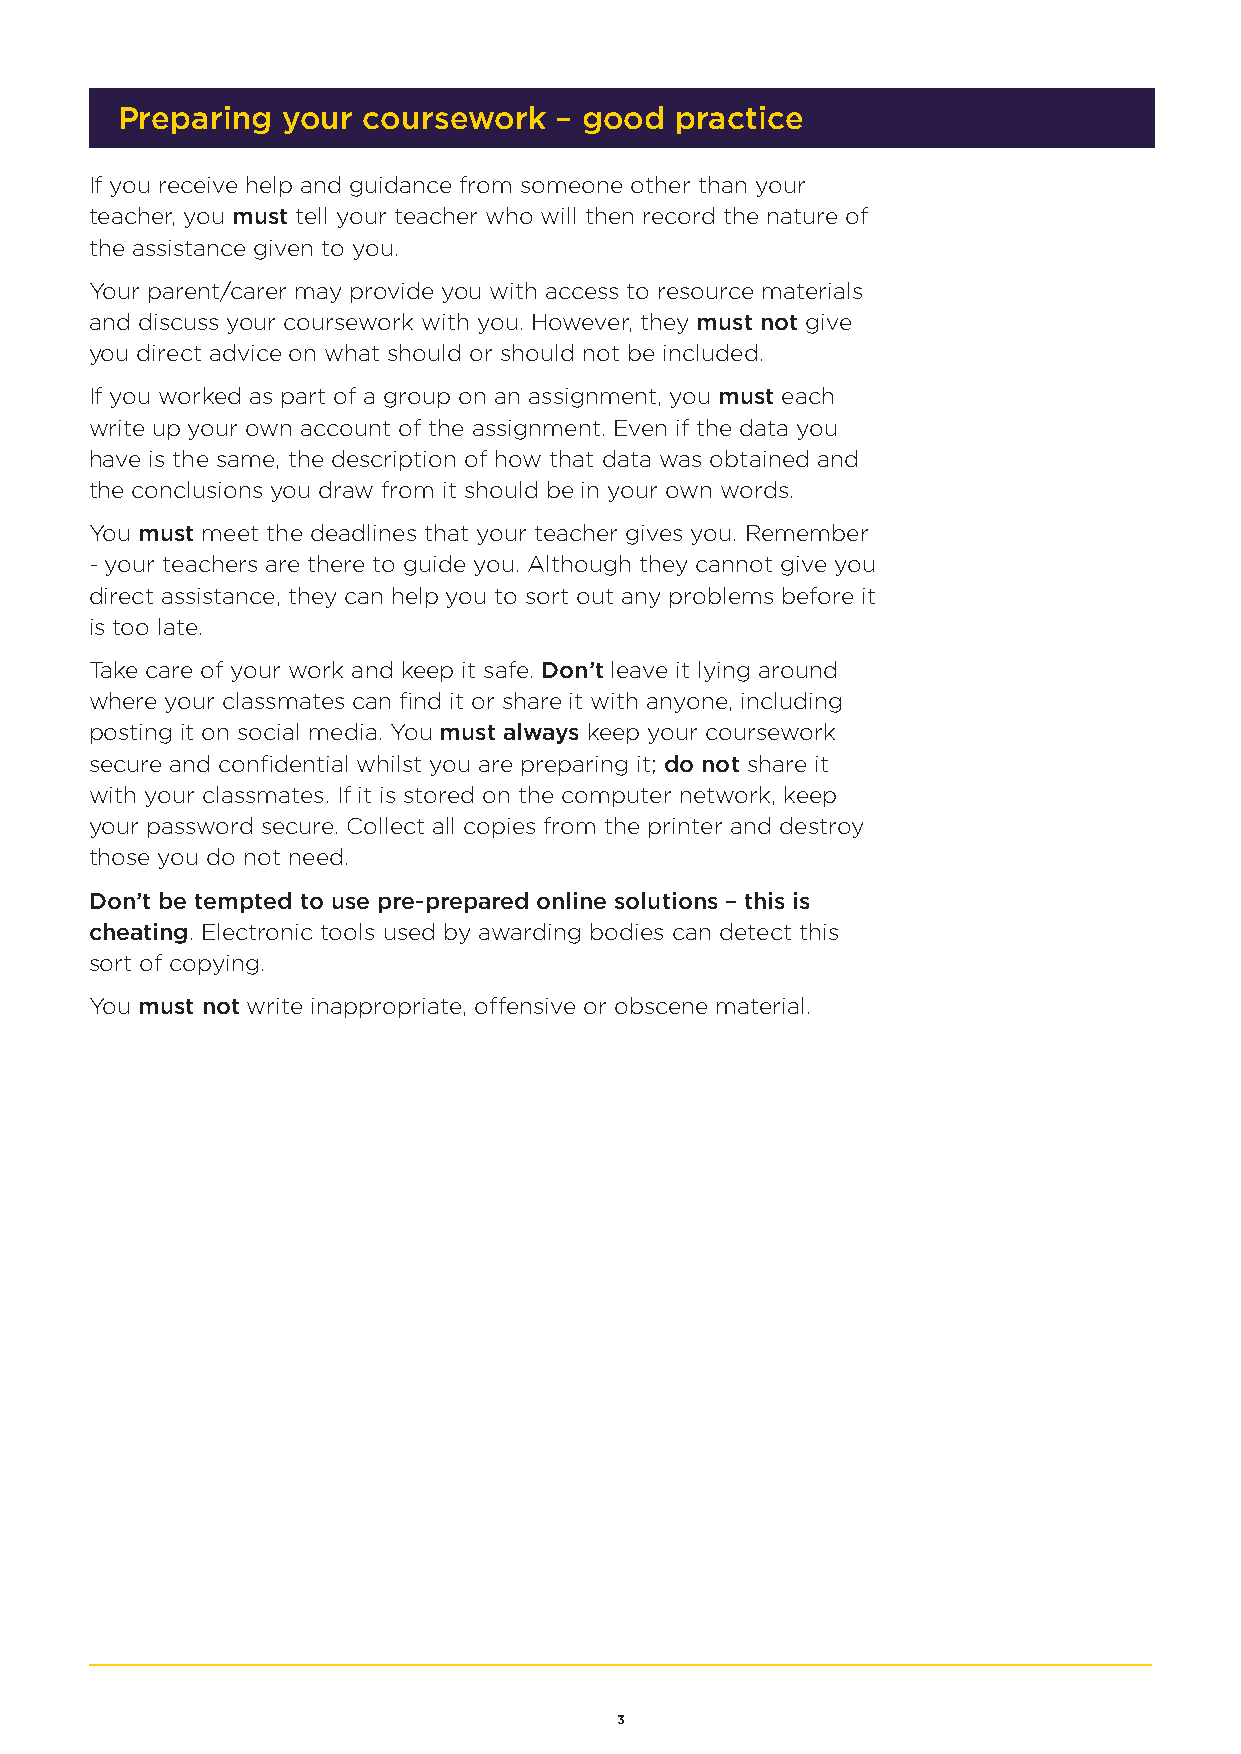
Preparing  your coursework   – good  practice
 If you receive help and guidance from someone other than your
 teacher, you must tell your teacher who will then record the nature of
 the assistance given to you.
 Your parent/carer may provide you with access to resource materials
 and discuss your coursework with you. However, they must not give
 you direct advice on what should or should not be included.
 If you worked as part of a group on an assignment, you must each
 write up your own account of the assignment. Even if the data you
 have is the same, the description of how that data was obtained and
 the conclusions you draw from it should be in your own words.
 You must meet the deadlines that your teacher gives you. Remember
 - your teachers are there to guide you. Although they cannot give you
 direct assistance, they can help you to sort out any problems before it
 is too late.
 Take care of your work and keep it safe. Don’t leave it lying around
 where your classmates can find it or share it with anyone, including
 posting it on social media. You must always keep your coursework
 secure and confidential whilst you are preparing it; do not share it
 with your classmates. If it is stored on the computer network, keep
 your password secure. Collect all copies from the printer and destroy
 those you do not need.
 Don’t be tempted to use pre-prepared online solutions – this is
 cheating. Electronic tools used by awarding bodies can detect this
 sort of copying.
 You must not write inappropriate, offensive or obscene material.
 3